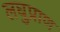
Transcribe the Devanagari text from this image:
लघुप्राण